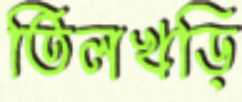
তিলখড়ি